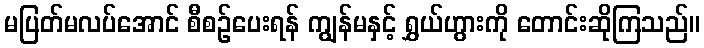
မပြတ်မလပ်အောင် စီစဉ်ပေးရန် ကျွန်မနှင့် ရွှယ်ဟွားကို တောင်းဆိုကြသည်။